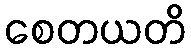
စေတယတိ